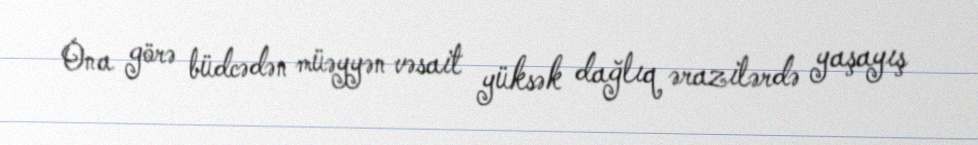
Ona görə büdcədən müəyyən vəsait yüksək dağlıq ərazilərdə yaşayış